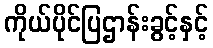
ကိုယ်ပိုင်ပြဌာန်းခွင့်နှင့်